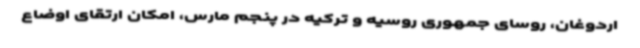
اردوغان، روسای جمهوری روسیه و ترکیه در پنجم مارس، امکان ارتقای اوضاع